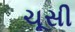
ચૂસી